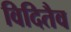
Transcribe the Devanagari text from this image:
विदितैव